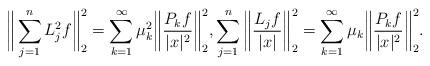
LaTeX: \begin{align*}\begin{aligned}\bigg\|\sum_{j=1}^n L_j^2 f \bigg\|_{2}^2=\sum_{k = 1}^\infty\mu_k^2\bigg\| \frac{P_k f}{|x|^2} \bigg\|_{2}^2, \sum_{j=1}^n \bigg\|\frac{L_j f}{|x|} \bigg\|_{2}^2 =\sum_{k = 1}^\infty\mu_k\bigg\| \frac{P_k f}{|x|^2} \bigg\|_{2}^2.\end{aligned}\end{align*}